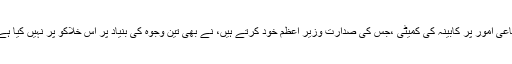
دفاعی امور پر کابینہ کی کمیٹی ،جس کی صدارت وزیر ِاعظم خود کرتے ہیں، نے بھی تین وجوہ کی بنیاد پر اس خلاکو پُر نہیں کیا ہے ۔